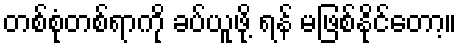
တစ်စုံတစ်ရာကို ခပ်ယူဖို့ ရန် မဖြစ်နိုင်တော့။